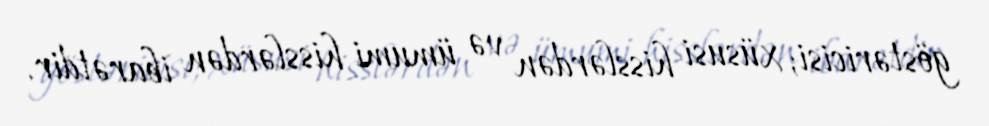
göstəricisi; xüsusi hisslərdən və ümumi hisslərdən ibarətdir.